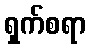
ရှက်စရာ